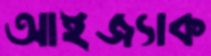
আইজ্যাক